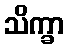
သိက္ခာ